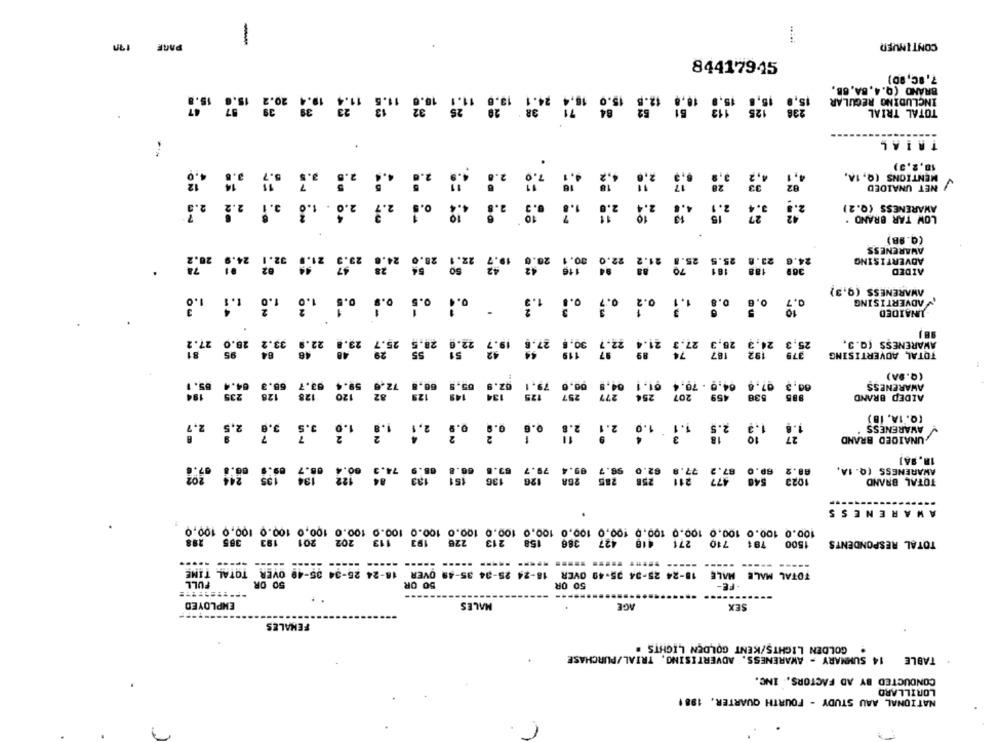
PAGE
-
CONTINUER
7,90, 90)
84417945
BRAND (Q.4. BA, 6B,
15.5
15.6
20.2
39
INCLUDING REGULAR
TOTAL TRIAL
TRIAL
18,2,3)
a.
4, 1
MENTIONS (Q, 1A.
82
NET UNAIDED
2.2
2.6
2.ª
1.9
3.4
AWARENESS (0.2)
LOW TAR BRAND .
(Q.98)
AWARENESS
ADVERTISING
.
AIDED
AWARENESS (9,3)
1.1
ADVERTISING
-INAIDED
au
27.2
28.0
33.2
22.@ 28.5 25.7 29.8 22.0
25,3 24,3 28,9 27.3 21:4 22.7 90.1 2718 15:9
AWARENESS (Q.3.
.95
192
379
TOTAL ADVERTISING
59.4 93.7
(Q.9A)
58.3
64.0 . 70.4 61.1 047
60.3 67.6
AWARENESS
128
120
254
207
459
538
885
AIDED BRAND
(0.1A, 1B)
2.5 1.1 1.0 2.1 all of os on a.f ...
1.2
AWARENESS
UNAIDED BRAND
18. 9A]
08.7
88.2
AWARENESS (Q. 1A,
74.3
1023
TOTAL BRAND
AWARENESS
100.0 100.0 100.0 100.0 100. 0 100, 0 100,0 100.0 100.0 100.0 100.0 100.0 100.0 100.0 100.0 100.0 100,0
288
365
193
201
202
113
193
226
213
158
386
427
418
271
1500 781 710
TOTAL RESPONDENTS
----- -----
---- ----
18-24 25-34 35-49 OVER 18-24 25-34 35-49 OVER 18-24 25-34 35-49 OVER TOTAL TIME
TOTAL MALE MALE
FULL
50 OR
50 OR
50 OR
- FE-
EMPLOYED
MALES
AGE
SEX
FEMALES
. GOLDEN LIGHTS/KENT GOLDEN LIGHTS .
TABLE 14 SUMMARY - AWARENESS, ADVERTISING, TRIAL/PURCHASE
CONDUCTED BY AD FACTORS, INC.
LORILLARD
NATIONAL AAU STUDY - FOURTH QUARTER. 198 1